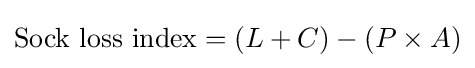
{\text{Sock loss index}}=(L+C)-(P\times A)